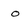
Character: o